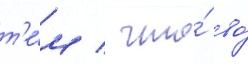
т'е́м / что́ во́